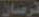
فرسان